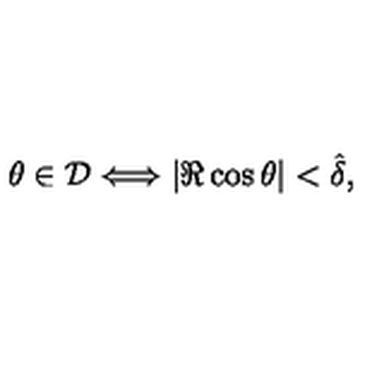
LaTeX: \theta \in { \cal D } \Longleftrightarrow | \Re \cos \theta | < \hat { \delta } ,